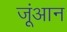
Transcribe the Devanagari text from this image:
जूंआन